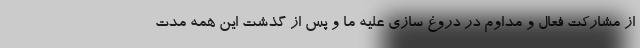
از مشارکت فعال و مداوم در دروغ سازی علیه ما و پس از گذشت این همه مدت